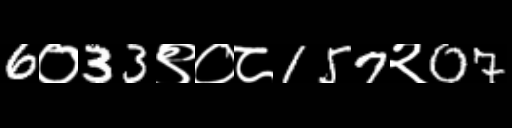
Text: 6०33९०८157२07